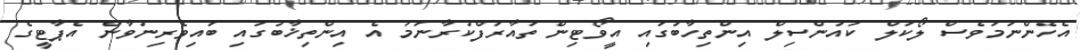
އެހެންނަމަވެސް ލޯކަލް ކައުންސިލް އިންތިހާބުގައި އީވޯޓިން ތައާރަފްކުރާނަމަ އެ އިންތިޚާބުގައި ބައިވެރިނުވާން އެޕާޓީގެ